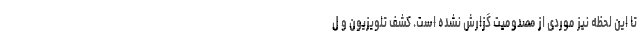
تا این لحظه نیز موردی از مصدومیت گزارش نشده است. کشف تلویزیون و ل